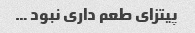
پیتزای طعم داری نبود …